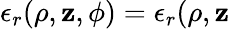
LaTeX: \epsilon_{r}(\rho,\mathbf{z},\phi)=\epsilon_{r}(\rho,\mathbf{z}